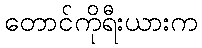
တောင်ကိုရီးယားက